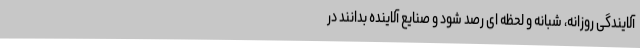
آلایندگی روزانه، شبانه و لحظه ای رصد شود و صنایع آلاینده بدانند در